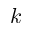
k